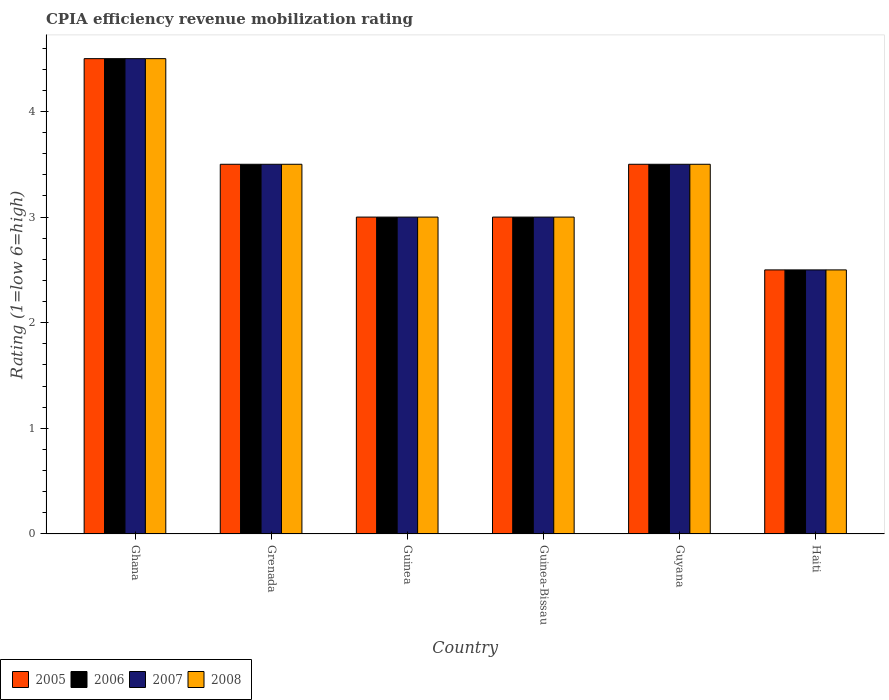
| Country | 2005 | 2006 | 2007 | 2008 |
 | --- | --- | --- | --- | --- |
 | Ghana | 4.5 | 4.5 | 4.5 | 4.5 |
 | Grenada | 3.5 | 3.5 | 3.5 | 3.5 |
 | Guinea | 3 | 3 | 3 | 3 |
 | Guinea-Bissau | 3 | 3 | 3 | 3 |
 | Guyana | 3.5 | 3.5 | 3.5 | 3.5 |
 | Haiti | 2.5 | 2.5 | 2.5 | 2.5 |